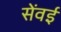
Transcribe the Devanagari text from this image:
सेंवई